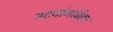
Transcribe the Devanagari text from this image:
उदयोगविहार